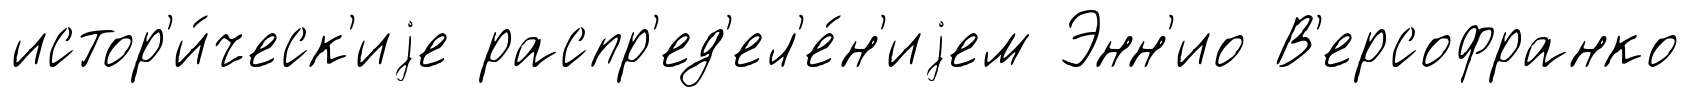
истор'и́ческ'иjе распр'ед'ел'е́н'иjем Энн'ио В'ерсофранко